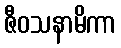
ဇီဝသနာမိကာ